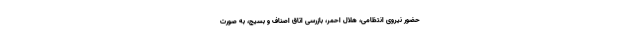
حضور نیروی انتظامی، هلال احمر، بازرسی اتاق اصناف و بسیج، به صورت